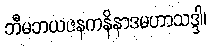
ဘီမဘယဇနကနိနာဒမဟာသဒ္ဒါ၊